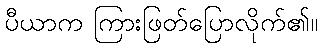
ပီယာက ကြားဖြတ်ပြောလိုက်၏။